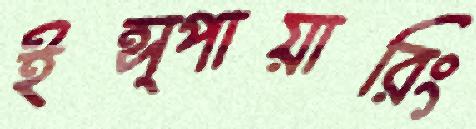
ইন্স্পায়ারিং